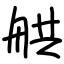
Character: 舼